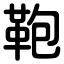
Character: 鞄